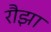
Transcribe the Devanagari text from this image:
रौझा